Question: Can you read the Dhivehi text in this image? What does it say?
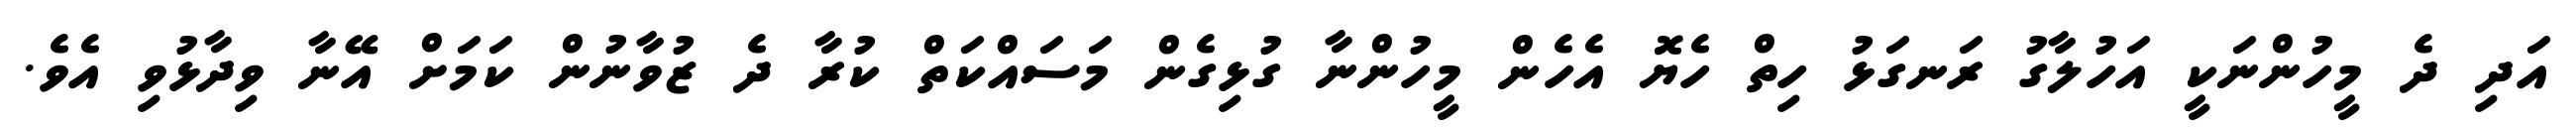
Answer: އަދި ދެ މީހުންނަކީ އަހުލާގު ރަނގަޅު ހިތް ހެޔޮ އެހެން މީހުންނާ ގުޅިގެން މަސައްކަތް ކުރާ ދެ ޒުވާނުން ކަމަށް އޭނާ ވިދާޅުވި އެވެ.